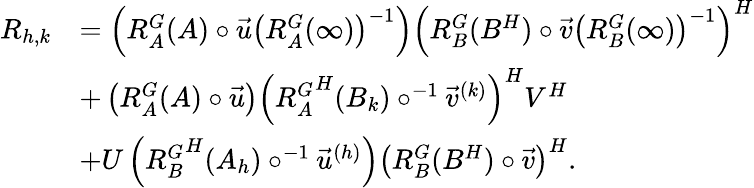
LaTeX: \begin{array}{rl}{R_{h,k}}&{=\left(R_{A}^{G}(A)\circ\vec{u}\left(R_{A}^{G}(\infty)\right)^{-1}\right)\left(R_{B}^{G}(B^{H})\circ\vec{v}\left(R_{B}^{G}(\infty)\right)^{-1}\right)^{H}}\\ &{+\left(R_{A}^{G}(A)\circ\vec{u}\right)\left({R_{A}^{G}}^{H}(B_{k})\circ^{-1}\vec{v}^{(k)}\right)^{H}V^{H}}\\ &{+U\left({R_{B}^{G}}^{H}(A_{h})\circ^{-1}\vec{u}^{(h)}\right)\left(R_{B}^{G}(B^{H})\circ\vec{v}\right)^{H}.}\end{array}